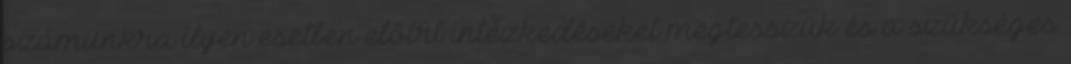
számunkra ilyen esetben előírt intézkedéseket megtesszük és a szükséges